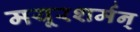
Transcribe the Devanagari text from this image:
मयूरशर्मन्